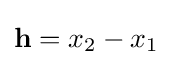
\mathbf {h} =x_{2}-x_{1}